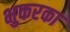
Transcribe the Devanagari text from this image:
भुकरका